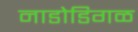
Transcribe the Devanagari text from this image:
नाडोडिगळ